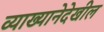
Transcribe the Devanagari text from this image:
व्याख्यानेदेखील